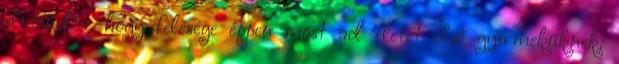
elmondta, hogy felesége éppen most ad életet első gyermeküknek.